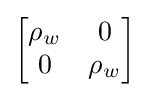
\left[{\begin{matrix}\rho _{w}&0\\0&\rho _{w}\\\end{matrix}}\right]